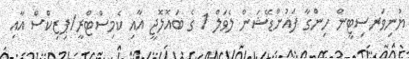
ޔުނިވަރސިޓީން ހިންގާ ފައުންޑޭޝަން ލެވަލް 1 ގެ ބައޮލޮޖީ އާއި ކެމިސްޓްރީ/ޕިޒިކްސް އާއި